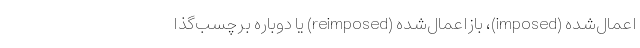
اعمال‌شده (imposed)، بازاعمال‌شده (reimposed) یا دوباره برچسب‌گذا